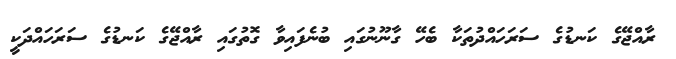
ރާއްޖޭގެ ކަނޑުގެ ސަރަހައްދުތަކާ ބެހޭ ގާނޫނުގައި ބުނެފައިވާ ގޮތުގައި ރާއްޖޭގެ ކަނޑުގެ ސަރަހައްދަކީ